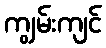
ကျွမ်းကျင်